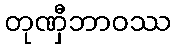
တုဏှီဘာဝဿ